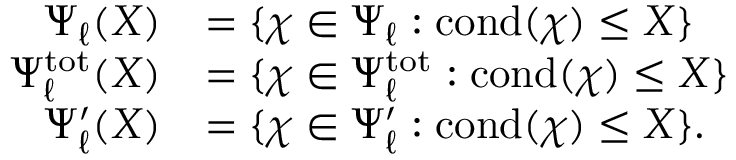
\begin{array} { r l } { \Psi _ { \ell } ( X ) } & { = \{ \chi \in \Psi _ { \ell } : \mathrm { c o n d } ( \chi ) \leq X \} } \\ { \Psi _ { \ell } ^ { \mathrm { t o t } } ( X ) } & { = \{ \chi \in \Psi _ { \ell } ^ { \mathrm { t o t } } : \mathrm { c o n d } ( \chi ) \leq X \} } \\ { \Psi _ { \ell } ^ { \prime } ( X ) } & { = \{ \chi \in \Psi _ { \ell } ^ { \prime } : \mathrm { c o n d } ( \chi ) \leq X \} . } \end{array}